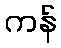
ကန်